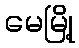
မေမြို့